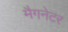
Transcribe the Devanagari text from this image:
मैगनेटर